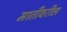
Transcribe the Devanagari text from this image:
मातीवरील